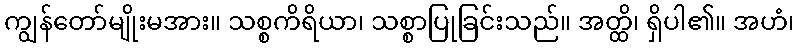
ကျွန်တော်မျိုးမအား။ သစ္စကိရိယာ၊ သစ္စာပြုခြင်းသည်။ အတ္ထိ၊ ရှိပါ၏။ အဟံ၊